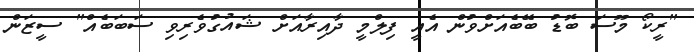
"ރީކޯ މޫސަ ބޮޑު ބޭބެއަށްވުން އެއީ ފިލްމީ ދާއިރާއަށް ޝައުގުވެރިވި ސަބަބެއް" ސީޒަން